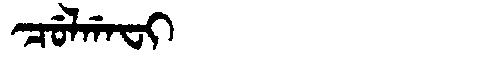
Manchu: ᠴᡠᠯᡤᠠᠸᡳ
Romanization: CULGAFI